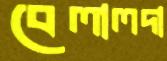
বেলালদা